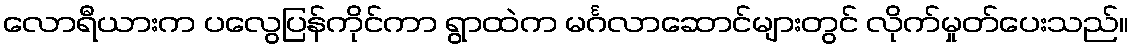
လောရီယားက ပလွေပြန်ကိုင်ကာ ရွာထဲက မင်္ဂလာဆောင်များတွင် လိုက်မှုတ်ပေးသည်။